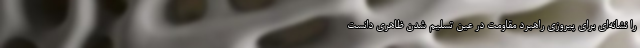
را نشانه‌ای برای پیروزی راهبرد مقاومت در عین تسلیم شدن ظاهری دانست